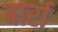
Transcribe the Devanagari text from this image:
बार्रा